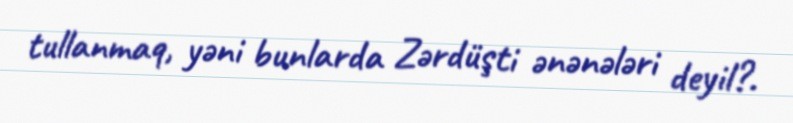
tullanmaq, yəni bunlarda Zərdüşti ənənələri deyil?.